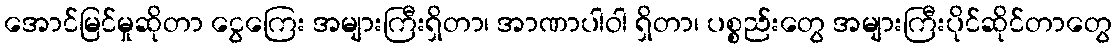
အောင်မြင်မှုဆိုတာ ငွေကြေး အများကြီးရှိတာ၊ အာဏာပါဝါ ရှိတာ၊ ပစ္စည်းတွေ အများကြီးပိုင်ဆိုင်တာတွေ